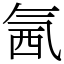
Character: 氥